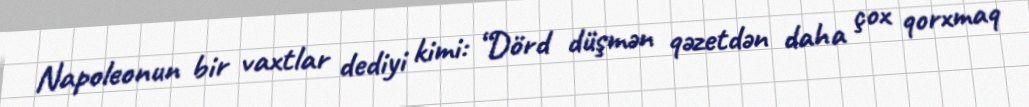
Napoleonun bir vaxtlar dediyi kimi: “Dörd düşmən qəzetdən daha çox qorxmaq